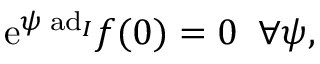
\mathrm { e } ^ { \psi \; \mathrm { a d } _ { I } } f ( 0 ) = 0 \; \; \forall \psi ,